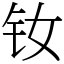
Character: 钕